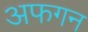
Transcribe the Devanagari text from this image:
अफगन